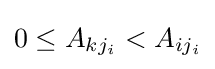
0\leq A_{kj_{i}}<A_{ij_{i}}